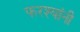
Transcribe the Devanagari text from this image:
फरश्यांनी